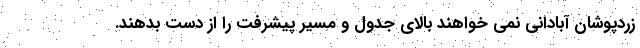
زردپوشان آبادانی نمی خواهند بالای جدول و مسیر پیشرفت را از دست بدهند.